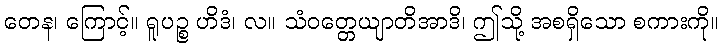
တေန၊ ကြောင့်။ ရူပဉ္စ ဟိဒံ၊ လ။ သံဝတ္တေယျာတိအာဒိ၊ ဤသို့ အစရှိသော စကားကို။